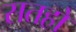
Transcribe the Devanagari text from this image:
सतहो